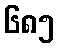
၆၈၅